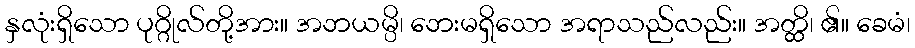
နှလုံးရှိသော ပုဂ္ဂိုလ်တို့အား။ အဘယမ္ပိ၊ ဘေးမရှိသော အရာသည်လည်း။ အတ္ထိ၊ ၏။ ခေမံ၊